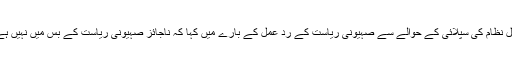
انہوں نے روس کیجانب سے شام کو ایس 300 میزائل نظام کی سپلائی کے حوالے سے صہیونی ریاست کے رد عمل کے بارے میں کہا کہ ناجائز صہیونی ریاست کے بس میں نہیں ہے کہ روس کے اس اقدام پر جوابی ردعمل دے سکے۔